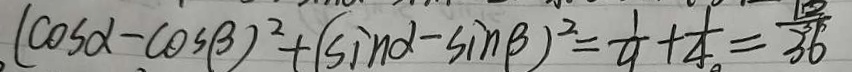
( \cos \alpha - \cos \beta ) ^ { 2 } + ( \sin \alpha - \sin \beta ) ^ { 2 } = \frac { 1 } { 9 } + \frac { 1 } { 4 } = \frac { 1 2 } { 3 6 }